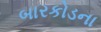
બારકોડના